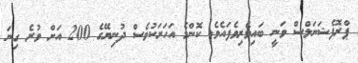
ޕްރޮފެޝަނަލްސް ވަނީ ބައިވެރިވެފައެވެ. ކޮންމެ އަހަރަކުވެސް ދުނިޔޭގެ 200 އަށް ވުރެ ގިނަ